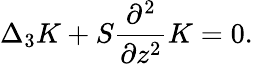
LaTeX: \Delta_{3}K+S\frac{\partial^{2}}{\partial z^{2}}K=0.